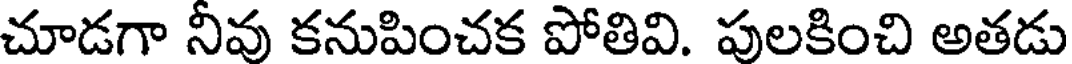
చూడగా నీవు కనుపించక పోతివి. పులకించి అతడు